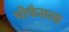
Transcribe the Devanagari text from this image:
भीफैसला